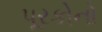
પૂરકોનો